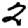
Digit: 2